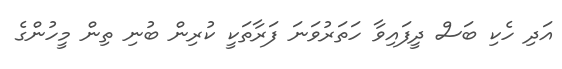
އަދި ހެކި ބަސް ދީފައިވާ ހަތަރުވަނަ ފަރާތަކީ ކުރިން ބުނި ތިން މީހުންގެ